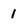
Character: 1